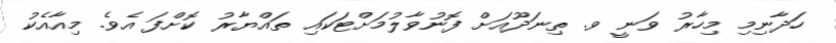
ހަދާނިމި މިހާރު ވަނީ ވ. ތިނަދޫއަށް ފޮނުވާލުމަށްޓަކައި ތައްޔާރު ކޮށްފަ އެވެ. މިއާއެކު